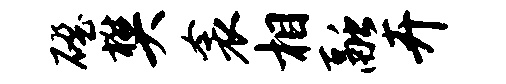
磴樊衾相融卉